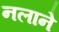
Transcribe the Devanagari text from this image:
नलाने